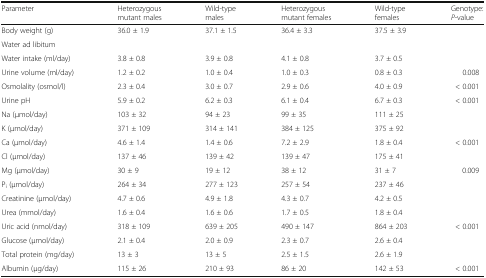
<table><thead><tr><td><b>Parameter</b></td><td><b>Heterozygous mutant males</b></td><td><b>Wild-type males</b></td><td><b>Heterozygous mutant females</b></td><td><b>Wild-type females</b></td><td><b>Genotype:<i>P</i>-value</b></td></tr></thead><tbody><tr><td>Body weight (g)</td><td>36.0 ± 1.9</td><td>37.1 ± 1.5</td><td>36.4 ± 3.3</td><td>37.5 ± 3.9</td><td></td></tr><tr><td colspan="6">Water ad libitum</td></tr><tr><td>Water intake (ml/day)</td><td>3.8 ± 0.8</td><td>3.9 ± 0.8</td><td>4.1 ± 0.8</td><td>3.7 ± 0.5</td><td></td></tr><tr><td>Urine volume (ml/day)</td><td>1.2 ± 0.2</td><td>1.0 ± 0.4</td><td>1.0 ± 0.3</td><td>0.8 ± 0.3</td><td>0.008</td></tr><tr><td>Osmolality (osmol/l)</td><td>2.3 ± 0.4</td><td>3.0 ± 0.7</td><td>2.9 ± 0.6</td><td>4.0 ± 0.9</td><td>&lt; 0.001</td></tr><tr><td>Urine pH</td><td>5.9 ± 0.2</td><td>6.2 ± 0.3</td><td>6.1 ± 0.4</td><td>6.7 ± 0.3</td><td>&lt; 0.001</td></tr><tr><td>Na (μmol/day)</td><td>103 ± 32</td><td>94 ± 23</td><td>99 ± 35</td><td>111 ± 25</td><td rowspan="2"></td></tr><tr><td>K (μmol/day)</td><td>371 ± 109</td><td>314 ± 141</td><td>384 ± 125</td><td>375 ± 92</td></tr><tr><td>Ca (μmol/day)</td><td>4.6 ± 1.4</td><td>1.4 ± 0.6</td><td>7.2 ± 2.9</td><td>1.8 ± 0.4</td><td>&lt; 0.001</td></tr><tr><td>Cl (μmol/day)</td><td>137 ± 46</td><td>139 ± 42</td><td>139 ± 47</td><td>175 ± 41</td><td></td></tr><tr><td>Mg (μmol/day)</td><td>30 ± 9</td><td>19 ± 12</td><td>38 ± 12</td><td>31 ± 7</td><td>0.009</td></tr><tr><td>P<sub>i</sub> (μmol/day)</td><td>264 ± 34</td><td>277 ± 123</td><td>257 ± 54</td><td>237 ± 46</td><td rowspan="3"></td></tr><tr><td>Creatinine (μmol/day)</td><td>4.7 ± 0.6</td><td>4.9 ± 1.8</td><td>4.3 ± 0.7</td><td>4.2 ± 0.5</td></tr><tr><td>Urea (mmol/day)</td><td>1.6 ± 0.4</td><td>1.6 ± 0.6</td><td>1.7 ± 0.5</td><td>1.8 ± 0.4</td></tr><tr><td>Uric acid (nmol/day)</td><td>318 ± 109</td><td>639 ± 205</td><td>490 ± 147</td><td>864 ± 203</td><td>&lt; 0.001</td></tr><tr><td>Glucose (μmol/day)</td><td>2.1 ± 0.4</td><td>2.0 ± 0.9</td><td>2.3 ± 0.7</td><td>2.6 ± 0.4</td><td rowspan="2"></td></tr><tr><td>Total protein (mg/day)</td><td>13 ± 3</td><td>13 ± 5</td><td>2.5 ± 1.5</td><td>2.6 ± 1.9</td></tr><tr><td>Albumin (μg/day)</td><td>115 ± 26</td><td>210 ± 93</td><td>86 ± 20</td><td>142 ± 53</td><td>&lt; 0.001</td></tr></tbody></table>